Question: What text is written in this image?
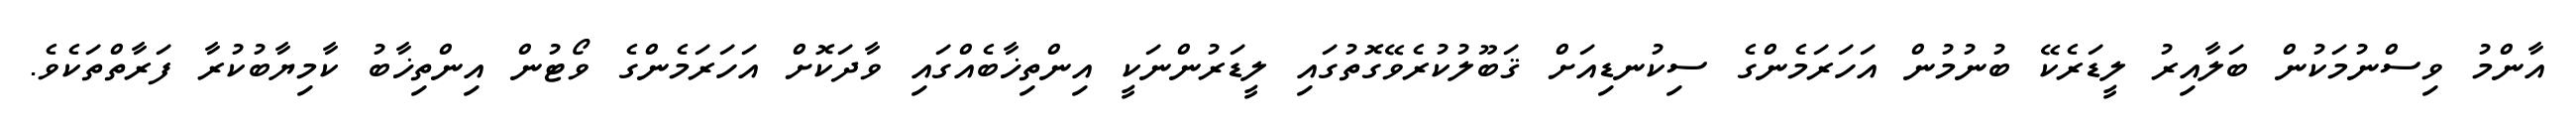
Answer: އާންމު ވިސްނުމަކުން ބަލާއިރު ލީޑަރެކޭ ބުނުމުން އަހަރަމެންގެ ސިކުނޑިއަށް ޤަބޫލުކުރެވޭގޮތުގައި ލީޑަރުންނަކީ އިންތިޚާބެއްގައި ވާދަކޮށް އަހަރަމެންގެ ވޯޓުން އިންތިޚާބު ކާމިޔާބުކުރާ ފަރާތްތަކެވެ.